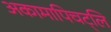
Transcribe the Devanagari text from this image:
अकामापिचट्लि